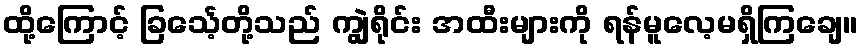
ထို့ကြောင့် ခြင်္သေ့တို့သည် ကျွဲရိုင်း အထီးများကို ရန်မူလေ့မရှိကြချေ။